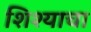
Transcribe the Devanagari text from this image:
शिश्याचा